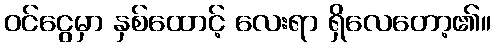
ဝင်ငွေမှာ နှစ်ထောင့် လေးရာ ရှိလေတော့၏။